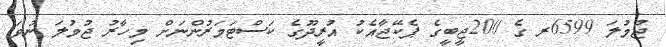
ޖުމުލަ 6599ރ ގެ 200ޖީބީގެ ޕެކޭޖާއެކު އުރީދޫގެ ކަސްޓަމަރުންނަށް މިހާރު ޖުމުލަ ނުވަ